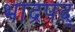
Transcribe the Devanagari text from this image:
भाद्रपद्